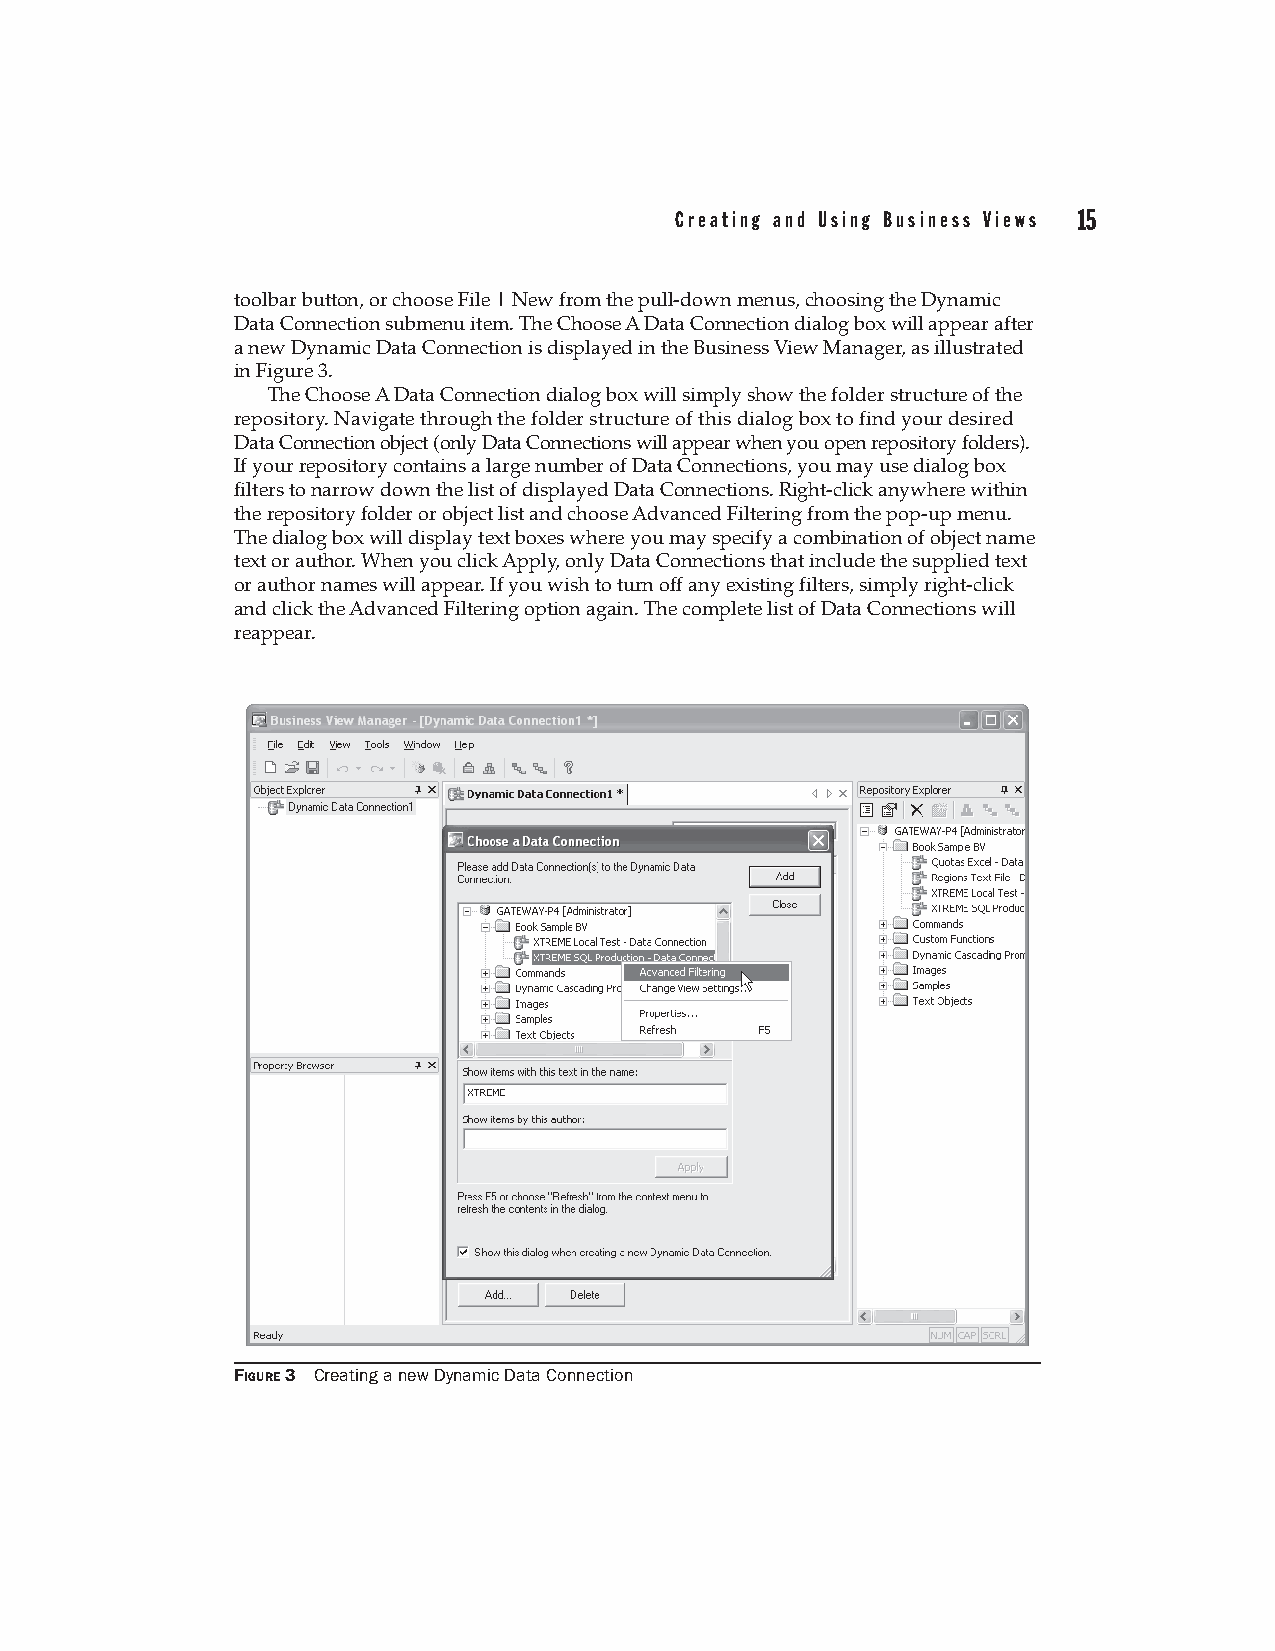
Creating and Using Business Views 15
 toolbar button, or choose File | New from the pull-down menus, choosing the Dynamic
 Data Connection submenu item. The Choose A Data Connection dialog box will appear after
 a new Dynamic Data Connection is displayed in the Business View Manager, as illustrated
 in Figure 3.
 The Choose A Data Connection dialog box will simply show the folder structure of the
 repository. Navigate through the folder structure of this dialog box to find your desired
 Data Connection object (only Data Connections will appear when you open repository folders).
 If your repository contains a large number of Data Connections, you may use dialog box
 filters to narrow down the list of displayed Data Connections. Right-click anywhere within
 the repository folder or object list and choose Advanced Filtering from the pop-up menu.
 The dialog box will display text boxes where you may specify a combination of object name
 text or author. When you click Apply, only Data Connections that include the supplied text
 or author names will appear. If you wish to turn off any existing filters, simply right-click
 and click the Advanced Filtering option again. The complete list of Data Connections will
 reappear.
 FIGURE 3 Creating a new Dynamic Data Connection